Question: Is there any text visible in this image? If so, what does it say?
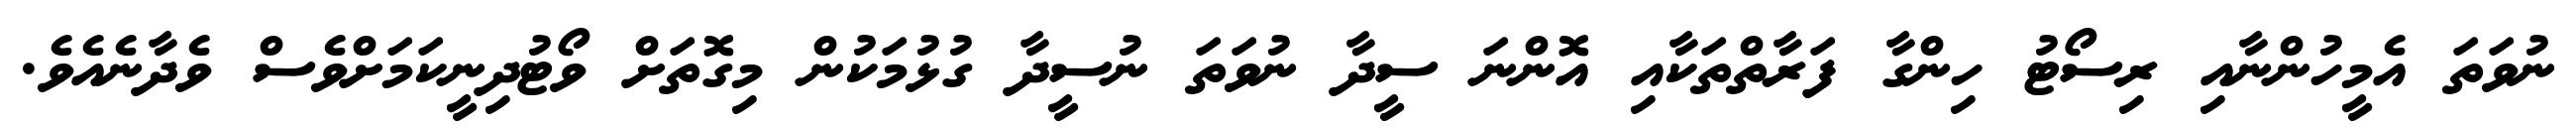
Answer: ނުވަތަ އެމީހުންނާއި ރިސޯޓު ހިންގާ ފަރާތްތަކާއި އޮންނަ ސީދާ ނުވަތަ ނުސީދާ ގުޅުމަކުން މިގޮތަށް ވޯޓުދިނީކަމަށްވެސް ވެދާނެއެވެ.